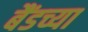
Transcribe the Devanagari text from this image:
बैंडच्या